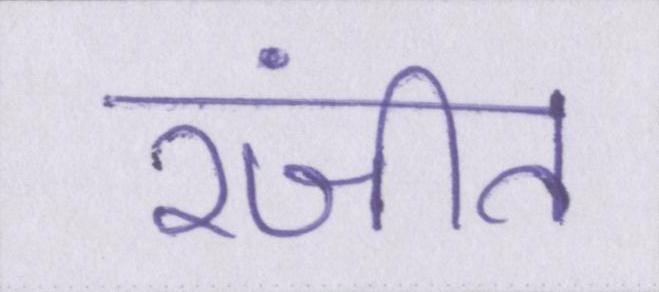
रंजीत